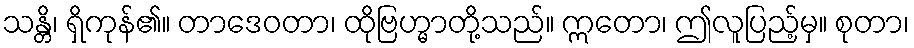
သန္တိ၊ ရှိကုန်၏။ တာဒေဝတာ၊ ထိုဗြဟ္မာတို့သည်။ ဣတော၊ ဤလူပြည့်မှ။ စုတာ၊